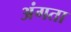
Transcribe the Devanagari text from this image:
अंगता